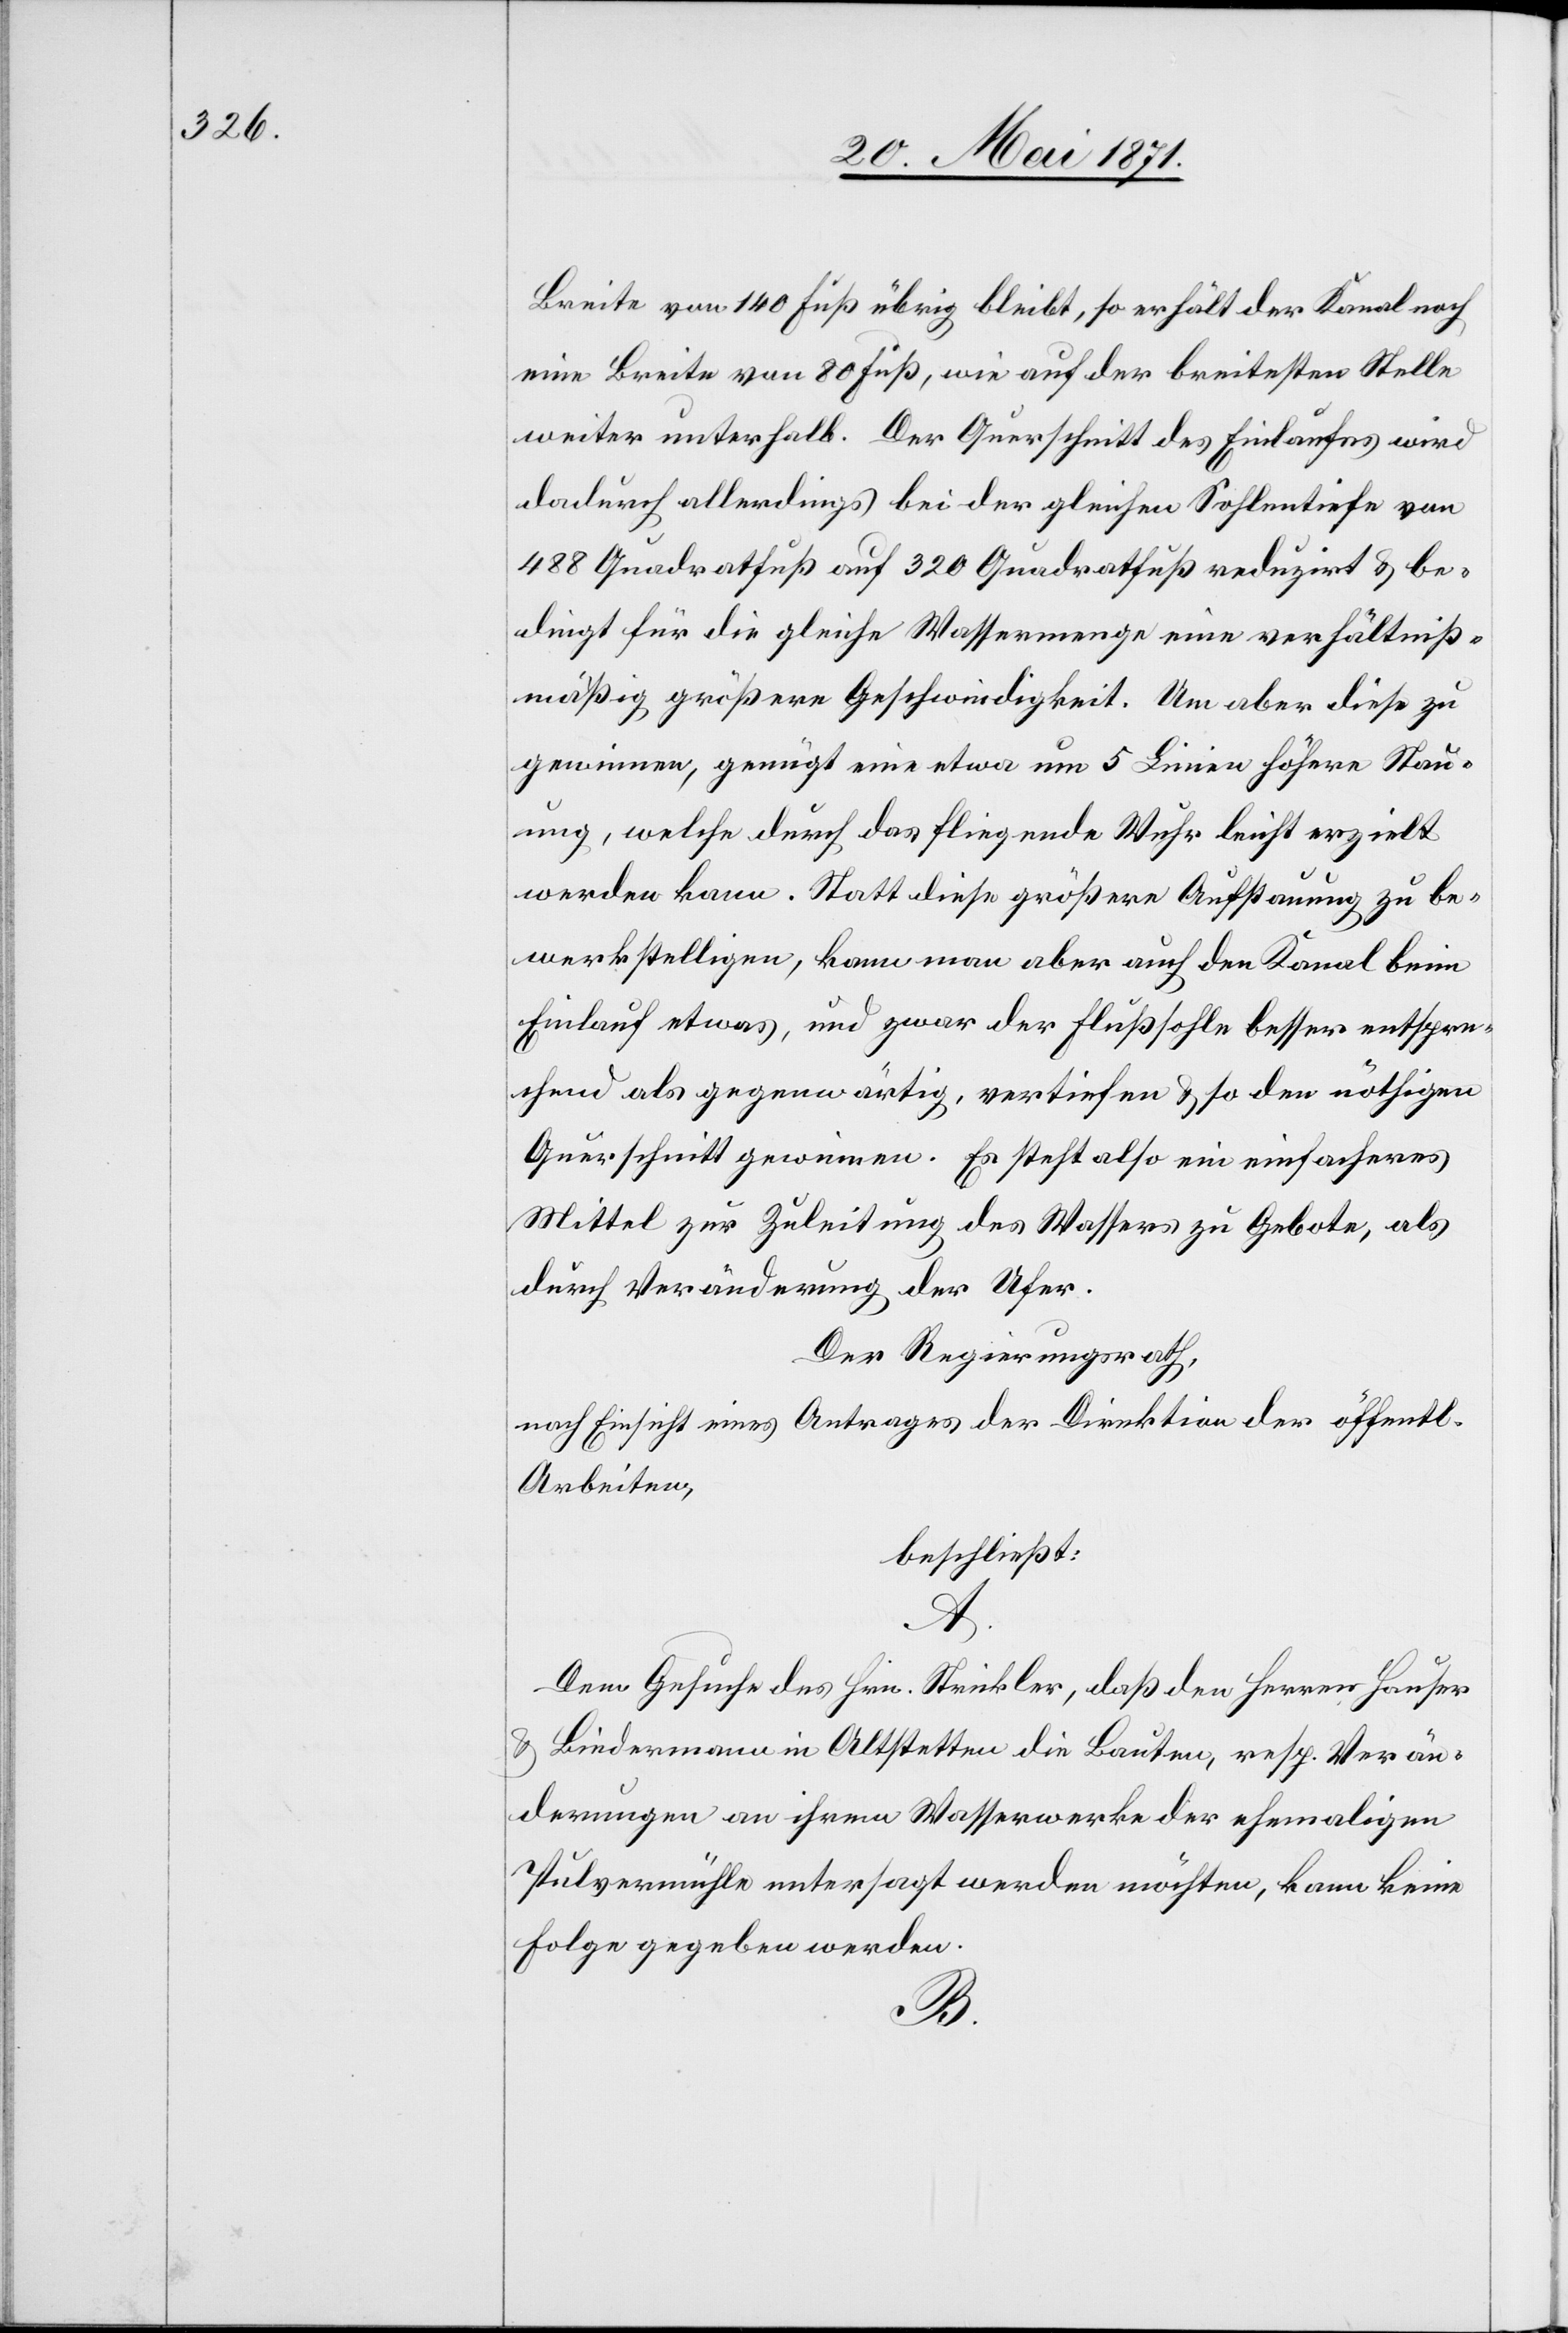
Breite von 140 Fuß übrig bleibt, so erhält der Kanal noch
eine Breite von 80 Fuß, wie auf der breitesten Stelle
weiter unterhalb. Der Querschnitt des Einlaufes wird
dadurch allerdings bei der gleichen Sohlentiefe von
488 Quadratfuß auf 320 Quadratfuß reduzirt u. be¬
dingt für die gleiche Wassermenge eine verhältniß¬
mäßig größere Geschwindigkeit. Um aber diese zu
gewinnen, genügt eine etwa um 5 Linien höhere Stau¬
ung, welche durch das fliegende Wuhr leicht erzielt
werden kann. Statt diese größere Aufstauung zu be¬
werkstelligen, kann man aber auch den Kanal beim
Einlauf etwas, und zwar der Flußsohle besser entspre¬
chend als gegenwärtig, vertiefen u. so den nöthigen
Querschnitt gewinnen. Es steht also ein einfacheres
Mittel zur Zuleitung des Wassers zu Gebote, als
durch Veränderung der Ufer.
Der Regierungsrath,
nach Einsicht eines Antrages der Direktion der öffentl.
Arbeiten,
beschließt:
A.
Dem Gesuche des Hrn. Strickler, daß den Herren Hauser
u. Biedermann in Altstetten die Bauten, resp. Verän¬
derungen an ihrem Wasserwerke der ehemaligen
Pulvermühle untersagt werden möchten, kann keine
Folge gegeben werden.
B.